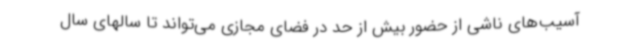
آسیب‌های ناشی از حضور بیش از حد در فضای مجازی می‌تواند تا سالهای سال